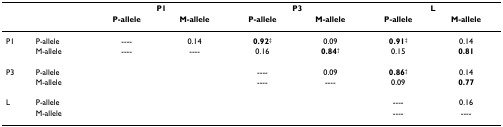
|  |  | <COLSPAN=2> P1 | <COLSPAN=2> P3 | <COLSPAN=2> L |
 |  |  | P-allele | M-allele | P-allele | M-allele | P-allele | M-allele |
 | --- | --- | --- | --- | --- | --- | --- | --- |
 | P1 | P-allele | ---- | 0.14 | 0.92‡ | 0.09 | 0.91‡ | 0.14 |
 |  | M-allele | ---- | ---- | 0.16 | 0.84† | 0.15 | 0.81 |
 | P3 | P-allele |  |  | ---- | 0.09 | 0.86† | 0.14 |
 |  | M-allele |  |  | ---- | ---- | 0.09 | 0.77 |
 | L | P-allele |  |  |  |  | ---- | 0.16 |
 |  | M-allele |  |  |  |  | ---- | ---- |